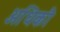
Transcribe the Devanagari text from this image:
अधिकौ